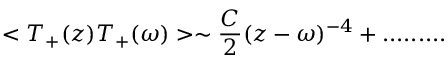
< T _ { + } ( z ) T _ { + } ( \omega ) > \sim \frac { C } { 2 } ( z - \omega ) ^ { - 4 } + . . . . . . . . .